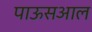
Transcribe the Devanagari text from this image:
पाऊसआल